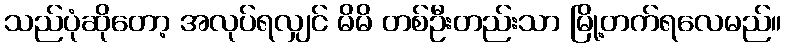
သည်ပုံဆိုတော့ အလုပ်ရလျှင် မိမိ တစ်ဦးတည်းသာ မြို့တက်ရလေမည်။